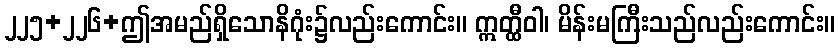
၂၂၅+၂၂၆+ဤအမည်ရှိသောနိဂုံး၌လည်းကောင်း။ ဣတ္ထီဝါ၊ မိန်းမကြီးသည်လည်းကောင်း။